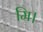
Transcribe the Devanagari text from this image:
मि।